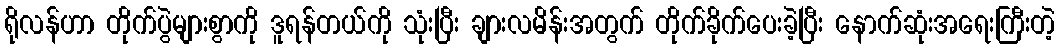
ရိုလန်ဟာ တိုက်ပွဲများစွာကို ဒူရန်တယ်ကို သုံးပြီး ချားလမိန်းအတွက် တိုက်ခိုက်ပေးခဲ့ပြီး နောက်ဆုံးအရေးကြီးတဲ့